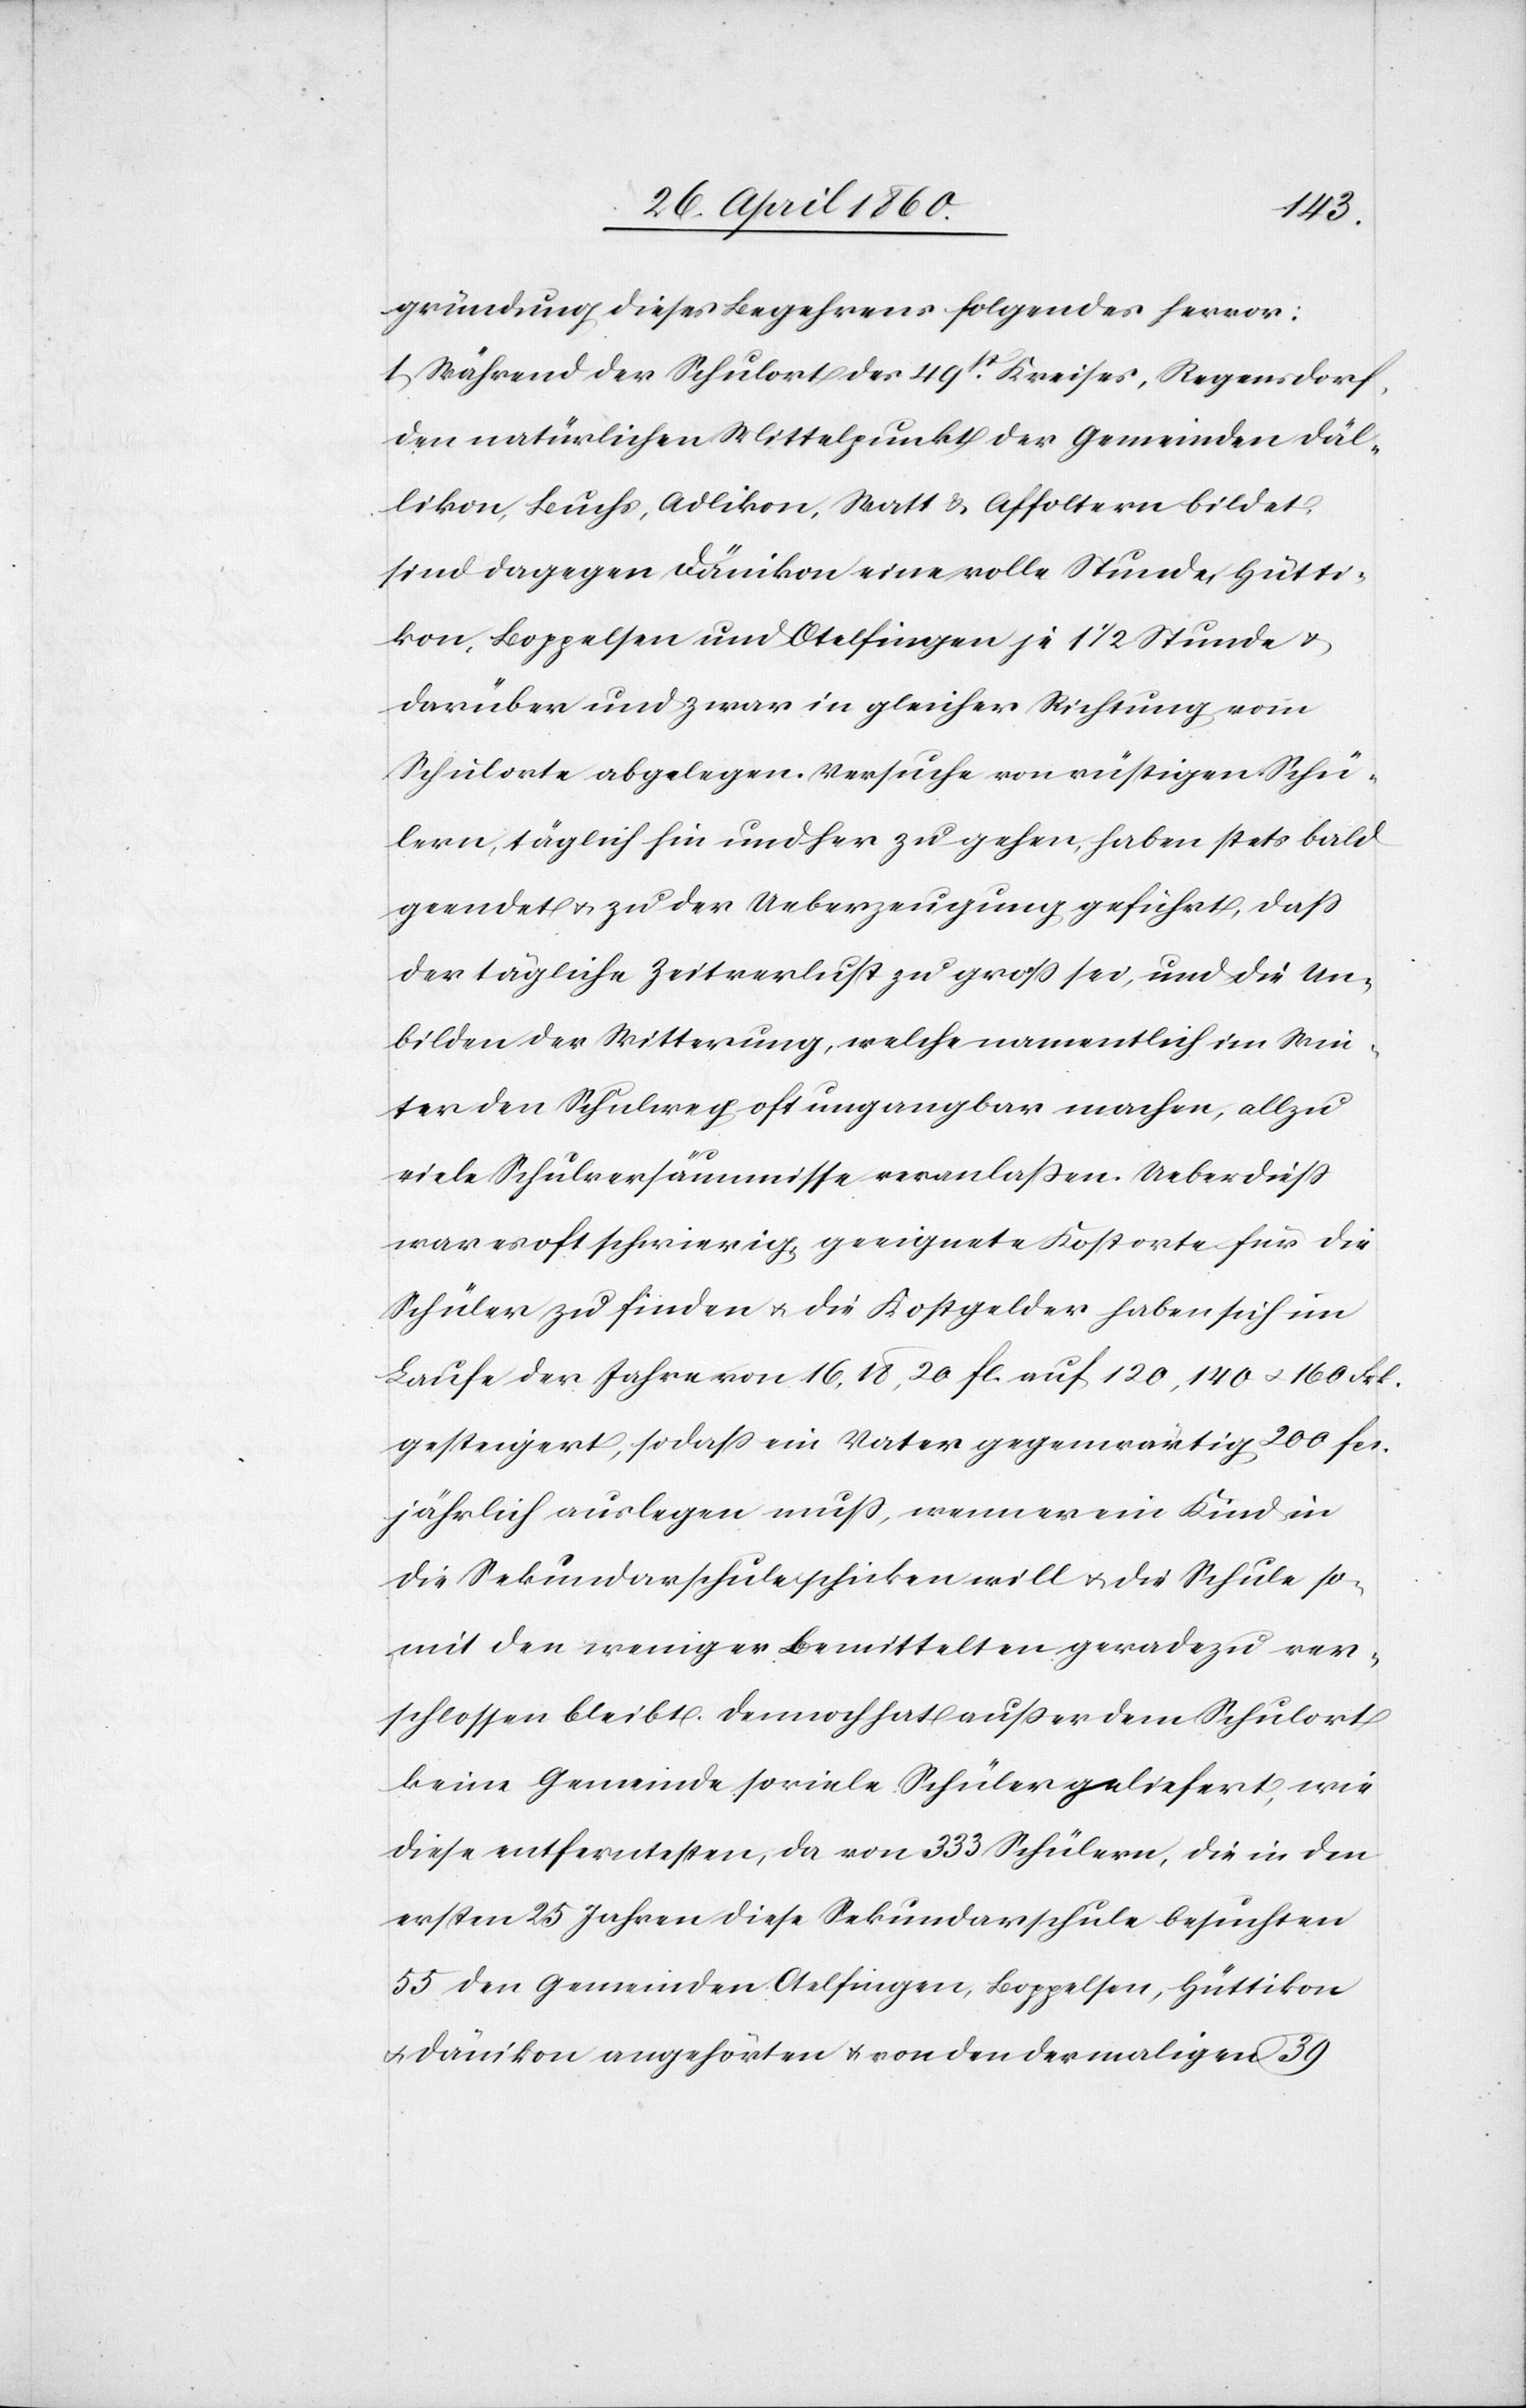
gründung dieses Begehrens folgendes hervor:
1. Während der Schulort des 49st Kreises, Regensdorf,
den natürlichen Mittelpunkt der Gemeinden Däl¬
likon, Buchs, Adlikon, Watt u. Affoltern bildet,
sind dagegen Dänikon eine volle Stunde, Hütti¬
kon, Boppelsen und Otelfingen je 1 1/2 Stunde u.
darüber und zwar in gleicher Richtung vom
Schulorte abgelegen. Versuche von rüstigen Schü¬
lern, täglich hin und her zu gehen, haben stets bald
geendet u. zu der Ueberzeugung geführt, dass
der tägliche Zeitverlust zu gross sei, und die Un¬
bilden der Witterung, welche namentlich im Win¬
ter den Schulweg oft ungangbar machen, allzu
viele Schulversäumnisse veranlassen. Ueberdiess
war es oft schwierig, geeignete Kostorte für die
Schüler zu finden u. die Kostgelder haben sich im
Laufe der Jahre von 16, 18, 20 fc. auf 120, 140 u. 160 Frk.
gesteigert, so daß ein Vater gegenwärtig 200 fcs.
jährlich ausgeben muss, wenn er ein Kind in
die Sekundarschule schicken will u. die Schule so¬
mit den weniger Bemittelten geradezu ver¬
schlossen bleibt. Dennoch hat ausser dem Schulort
keine Gemeinde so viele Schüler geliefert, wie
diese entferntesten, das von 333 Schülern, die in den
ersten 25 Jahren diese Sekundarschule besuchten
55 den Gemeinden Otelfingen, Boppelsen, Hüttikon
u. Dänikon angehörten u. von den dermaligen 39